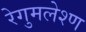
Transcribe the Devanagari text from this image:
रेगुमलेश्ण